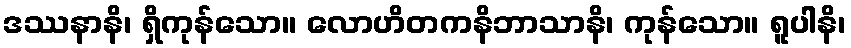
ဒဿနာနိ၊ ရှိကုန်သော။ လောဟိတကနိဘာသာနိ၊ ကုန်သော။ ရူပါနိ၊